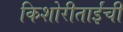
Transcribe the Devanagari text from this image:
किशोरीताईंची